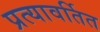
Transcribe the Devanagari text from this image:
प्रत्यावर्तित